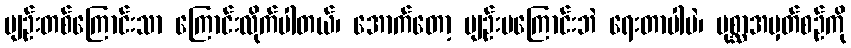
မျဉ်းတစ်ကြောင်းသာ ကြောင်းလိုက်ပါတယ်၊ အောက်တော့ မျဉ်းမကြောင်းဘဲ ရေးတာပါပဲ၊ ပုစ္ဆာအမှတ်စဉ်ကို